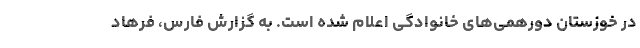
در خوزستان دورهمی‌های خانوادگی اعلام شده است. به گزارش فارس، فرهاد